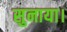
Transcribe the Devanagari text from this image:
सुनाया।